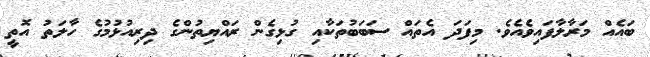
ބައެއް މަރާލާފައިވެއެވެ. މިފަދަ އެތައް ސަބަބުތަކާއި ގުޅިގެން ރައްޔިތުންގެ ދިރިއުޅުމުގެ ހާލަތު އޮތީ